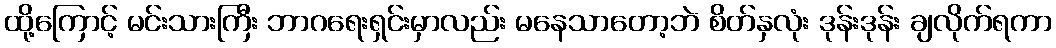
ထို့ကြောင့် မင်းသားကြီး ဘာဂရေးရှင်းမှာလည်း မနေသာတော့ဘဲ စိတ်နှလုံး ဒုန်းဒုန်း ချလိုက်ရကာ